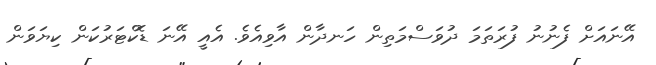
އޭނައަށް ފެނުނު ފުރަތަމަ ދުވަސްމަތިން ހަނދާން އާވިއެވެ. އެއީ އޭނަ ޑޮކްޓަރުކަން ކިޔަވަން